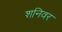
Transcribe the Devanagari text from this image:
शनिवर